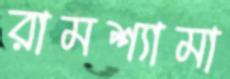
রামশ্যামা